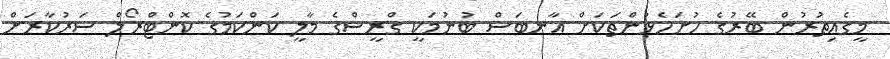
މީގެއިތުރުން ބޭރުގެ ހުށަހެޅުންތަކަށް އާނބަސް ބުނުމަކީ ގްރީސްގެ މާލީ ކަންކަމުގެ ކޮންޓްރޯލް ސަރުކާރަށް